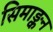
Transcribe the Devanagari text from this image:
सिमाङ्कन